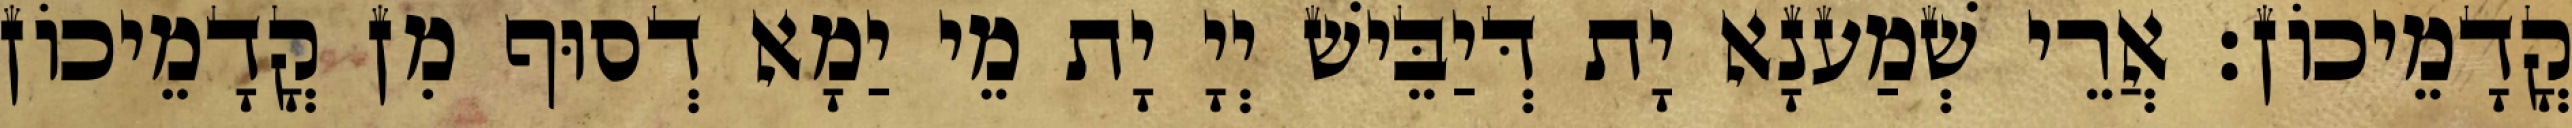
קֳדָמֵיכוֹן׃ אֲרֵי שְׁמַענָא יָת דְּיַבֵּישׁ יְיָ יָת מֵי יַמָא דְסוּף מִן קֳדָמֵיכוֹן